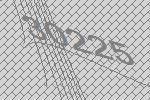
30225